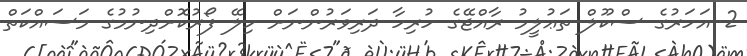
2 އަހަރުގެ ސްކޫލް ތަޢުލީމު ރާއްޖޭގެ ހުރިހާ ދަރިވަރުންނަށް ހިލޭ ފޯރުކޮށްދިނުމުގެ މަސައްކަތް